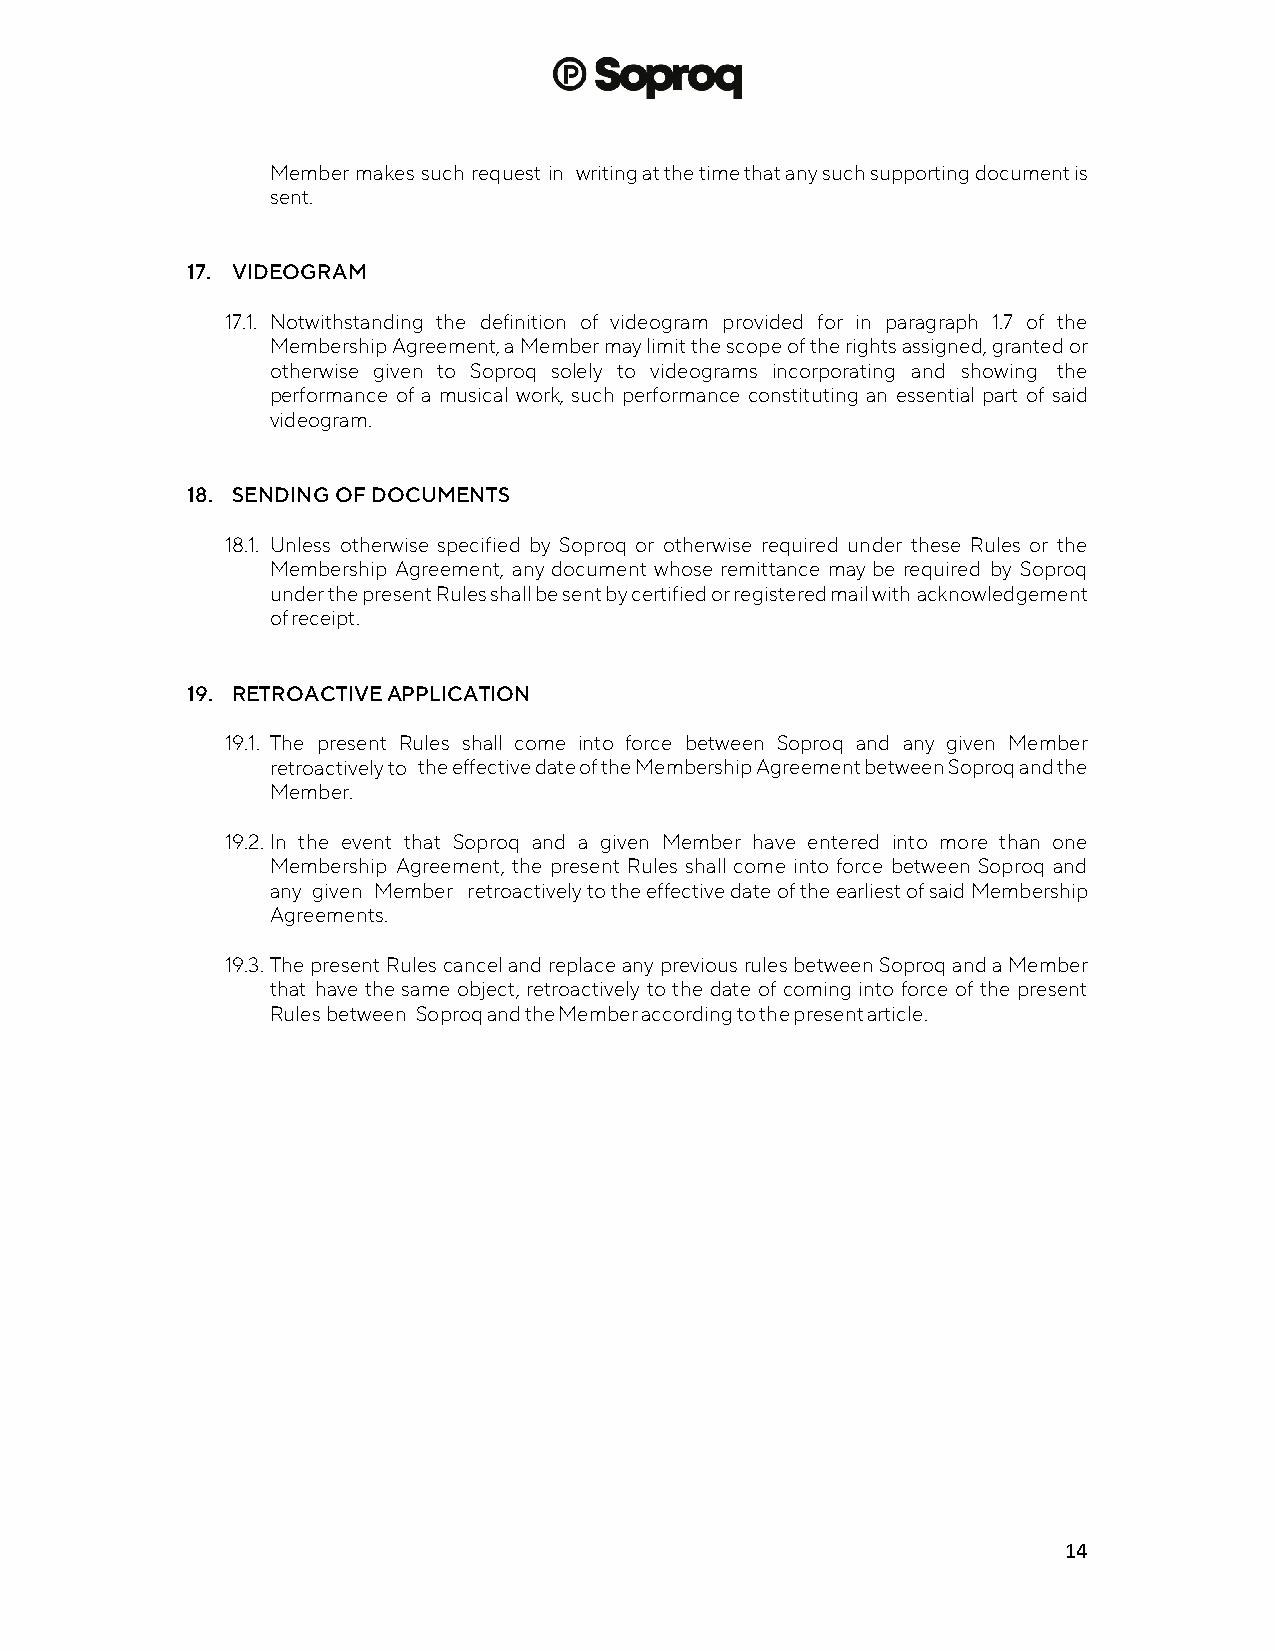
Member makes such request in writing at the time that any such supporting document is
 sent.
 17. VIDEOGRAM
 17.1. Notwithstanding the definition of videogram provided for in paragraph 1.7 of the
 Membership Agreement, a Member may limit the scope of the rights assigned, granted or
 otherwise given to Soproq solely to videograms incorporating and showing the
 performance of a musical work, such performance constituting an essential part of said
 videogram.
 18. SENDING OF DOCUMENTS
 18.1. Unless otherwise specified by Soproq or otherwise required under these Rules or the
 Membership Agreement, any document whose remittance may be required by Soproq
 under the present Rules shall be sent by certified or registered mail with acknowledgement
 of receipt.
 19. RETROACTIVE APPLICATION
 19.1. The present Rules shall come into force between Soproq and any given Member
 retroactively to the effective date of the Membership Agreement between Soproq and the
 Member.
 19.2. In the event that Soproq and a given Member have entered into more than one
 Membership Agreement, the present Rules shall come into force between Soproq and
 any given Member retroactively to the effective date of the earliest of said Membership
 Agreements.
 19.3. The present Rules cancel and replace any previous rules between Soproq and a Member
 that have the same object, retroactively to the date of coming into force of the present
 Rules between Soproq and the Member according to the present article.
 14